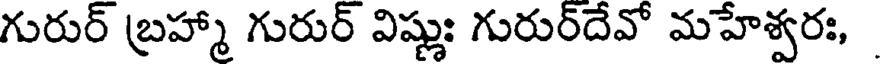
గురుర్ బ్రహ్మా గురుర్ విష్ణుః గురుర్దేవో మహేశ్వరః,